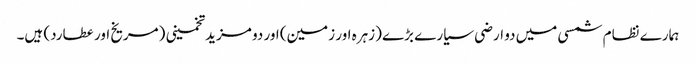
ہمارے نظام شمسی میں دو ارضی سیارے بڑے (زہرہ اور زمین) اور دو مزید تخمینی (مریخ اور عطارد) ہیں۔